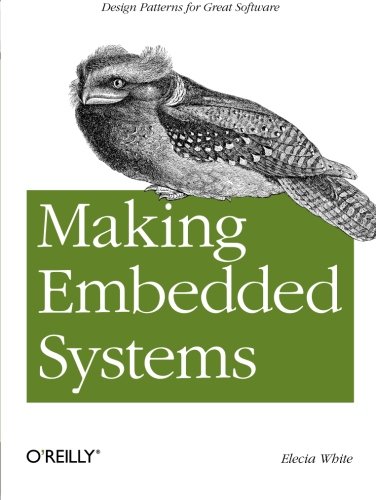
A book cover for Making Embedded Systems: Design Patterns for Great Software; Elecia White; Computers & Technology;